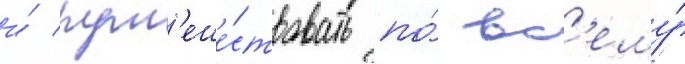
и́ пут'еше́ствовать по́ вс'ему́